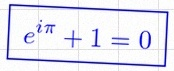
e^{i\pi}+1=0